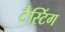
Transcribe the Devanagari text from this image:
टैस्टिंग